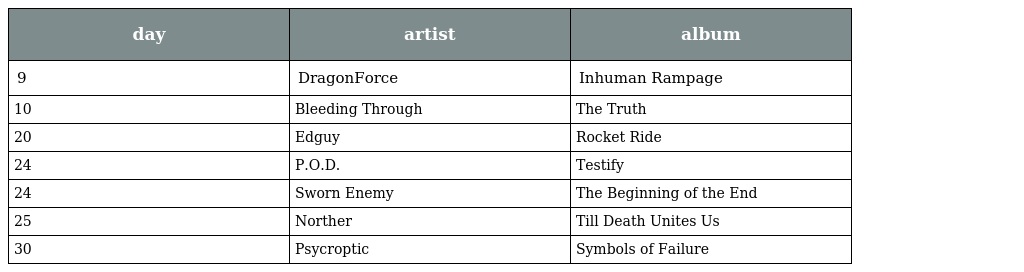
| day | artist | album |
 | --- | --- | --- |
 | 9 | DragonForce | Inhuman Rampage |
 | 10 | Bleeding Through | The Truth |
 | 20 | Edguy | Rocket Ride |
 | 24 | P.O.D. | Testify |
 | 24 | Sworn Enemy | The Beginning of the End |
 | 25 | Norther | Till Death Unites Us |
 | 30 | Psycroptic | Symbols of Failure |